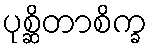
ပုစ္ဆိတာစိက္ခ